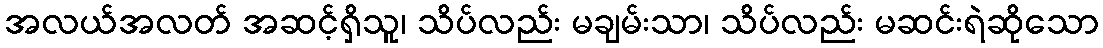
အလယ်အလတ် အဆင့်ရှိသူ၊ သိပ်လည်း မချမ်းသာ၊ သိပ်လည်း မဆင်းရဲဆိုသော